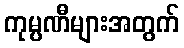
ကုမ္ပဏီများအတွက်